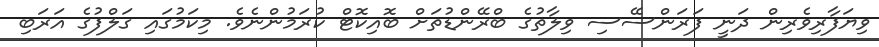
ވިޔަފާރިވެރިން ދަނީ ފަރަންސޭސި ވިލާތުގެ ބްރޭންޑުތަށް ބޮއިކޮޓް ކުރަމުންނެވެ. މިކަމުގައި ގަލްފުގެ އަރަބި